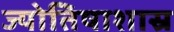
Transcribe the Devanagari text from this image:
ज्योतिषाशास्र